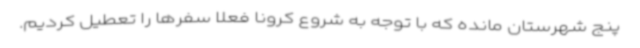
پنج شهرستان مانده که با توجه به شروع کرونا فعلا سفرها را تعطیل کردیم.